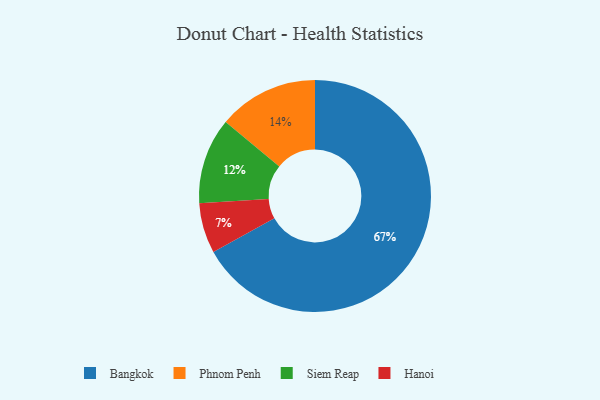
{"axis": {"x": "Category", "y": "Percentage"}, "legend": ["Bangkok", "Hanoi", "Phnom Penh", "Siem Reap"], "data": [{"x": "Phnom Penh", "y": 14, "type": "Phnom Penh"}, {"x": "Siem Reap", "y": 12, "type": "Siem Reap"}, {"x": "Hanoi", "y": 7, "type": "Hanoi"}, {"x": "Bangkok", "y": 67, "type": "Bangkok"}]}